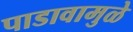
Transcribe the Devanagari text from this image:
पाडावामुळे